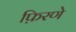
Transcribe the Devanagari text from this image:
फ़िरणे